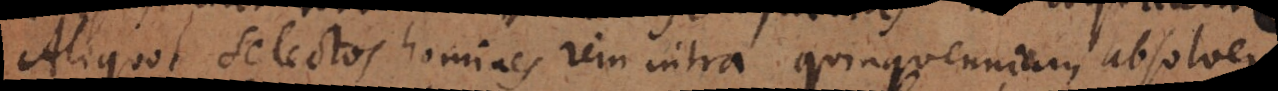
Aliquot selectos homines rem intra quinquennium absolvere